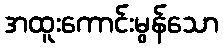
အထူးကောင်းမွန်သော